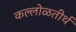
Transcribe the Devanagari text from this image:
कल्लोळतीर्थ